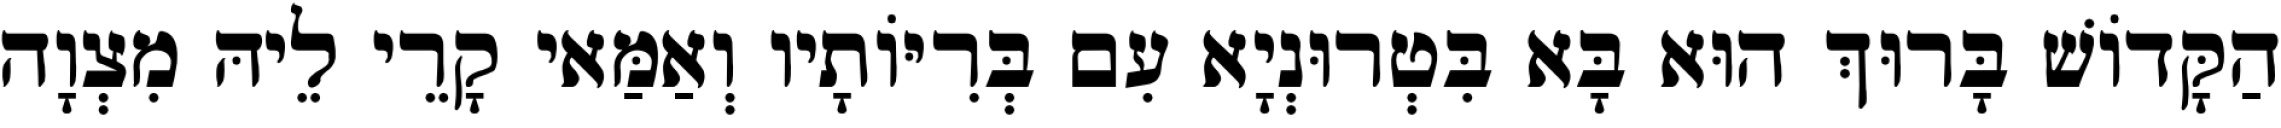
הַקָּדוֹשׁ בָּרוּךְ הוּא בָּא בִּטְרוּנְיָא עִם בְּרִיּוֹתָיו וְאַמַּאי קָרֵי לֵיהּ מִצְוָה